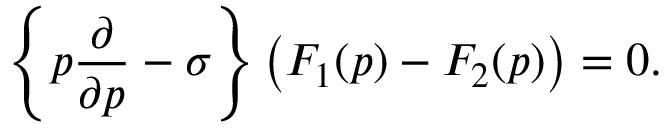
\left\{ p \frac { \partial } { \partial p } - \sigma \right\} \left( F _ { 1 } ( p ) - F _ { 2 } ( p ) \right) = 0 .